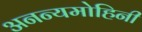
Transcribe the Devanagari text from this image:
अनन्यमोहिनी